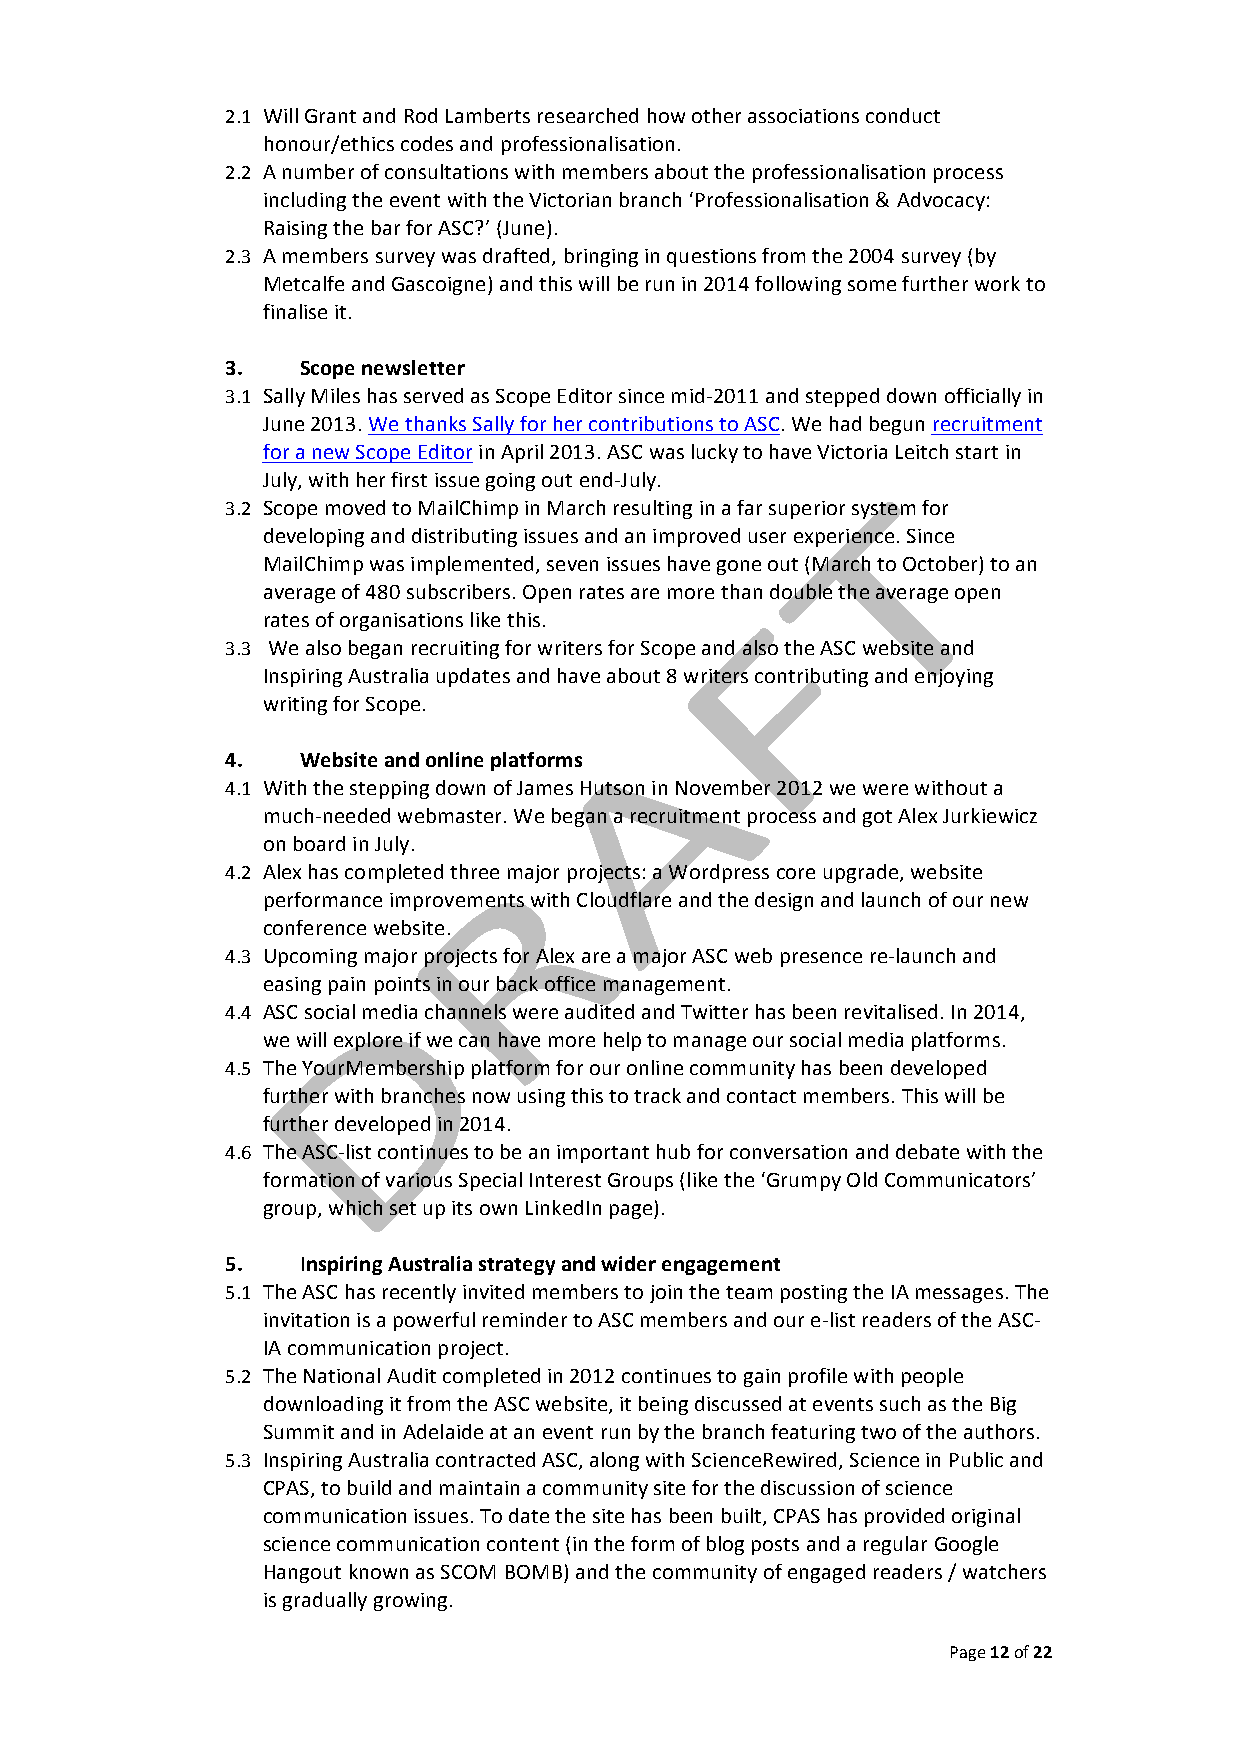
2.1 Will Grant and Rod Lamberts researched how other associations conduct
 honour/ethics codes and professionalisation.
 2.2 A number of consultations with members about the professionalisation process
 including the event with the Victorian branch ‘Professionalisation & Advocacy:
 Raising the bar for ASC?’ (June).
 2.3 A members survey was drafted, bringing in questions from the 2004 survey (by
 Metcalfe and Gascoigne) and this will be run in 2014 following some further work to
 finalise it.
 3.   Scope newsletter
 3.1 Sally Miles has served as Scope Editor since mid-­‐2011 and stepped down officially in
 June 2013. We thanks Sally for her contributions to ASC. We had begun recruitment
 for a new Scope Editor in April 2013. ASC was lucky to have Victoria Leitch start in
 July, with her first issue going out end-­‐July.
 3.2 Scope moved to MailChimp in March resulting in a far superior system for
 developing and distributing issues and an improved user experience. Since
 MailChimp was implemented, seven issues have gone out (March to October) to an
 average of 480 subscribers. Open rates are more than double the average open
 rates of organisations like this.
 3.3 We also began recruiting for writers for Scope and also the ASC website and
 Inspiring Australia updates and have about 8 writers contributing and enjoying
 writing for Scope.
 4.   Website and online platforms
 4.1 With the stepping down of James Hutson in November 2012 we were without a
 much-­‐needed webmaster. We began a recruitment process and got Alex Jurkiewicz
 on board in July.
 4.2 Alex has completed three major projects: a Wordpress core upgrade, website
 performance improvements with Cloudflare and the design and launch of our new
 conference website.
 4.3 Upcoming major projects for Alex are a major ASC web presence re-­‐launch and
 easing pain points in our back office management.
 4.4 ASC social media channels were audited and Twitter has been revitalised. In 2014,
 we will explore if we can have more help to manage our social media platforms.
 4.5 The YourMembership platform for our online community has been developed
 further with branches now using this to track and contact members. This will be
 further developed in 2014.
 4.6 The ASC-­‐list continues to be an important hub for conversation and debate with the
 formation of various Special Interest Groups (like the ‘Grumpy Old Communicators’
 group, which set up its own LinkedIn page).
 5.   Inspiring Australia strategy and wider engagement
 5.1 The ASC has recently invited members to join the team posting the IA messages. The
 invitation is a powerful reminder to ASC members and our e-­‐list readers of the ASC-­‐
 IA communication project.
 5.2 The National Audit completed in 2012 continues to gain profile with people
 downloading it from the ASC website, it being discussed at events such as the Big
 Summit and in Adelaide at an event run by the branch featuring two of the authors.
 5.3 Inspiring Australia contracted ASC, along with ScienceRewired, Science in Public and
 CPAS, to build and maintain a community site for the discussion of science
 communication issues. To date the site has been built, CPAS has provided original
 science communication content (in the form of blog posts and a regular Google
 Hangout known as SCOM BOMB) and the community of engaged readers / watchers
 is gradually growing.
 Page 12 of 22